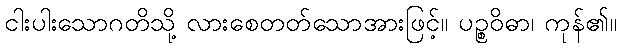
ငါးပါးသောဂတိသို့ လားစေတတ်သောအားဖြင့်။ ပဉ္စဝိဓာ၊ ကုန်၏။